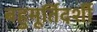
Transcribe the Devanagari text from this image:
बहुमूर्तिदर्शी